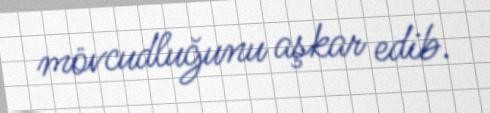
mövcudluğunu aşkar edib.